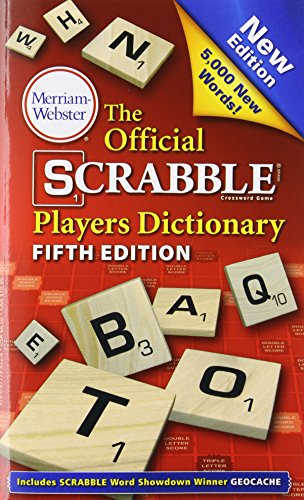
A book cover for The Official Scrabble Players Dictionary (Fifth Edition); Humor & Entertainment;